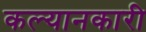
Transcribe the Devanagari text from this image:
कल्यानकारी